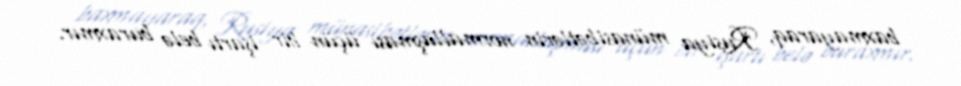
baxmayaraq, Rusiya münasibətlərin normallaşması üçün bir işartı belə buraxmır.